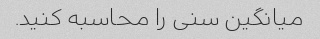
میانگین سنی را محاسبه کنید.